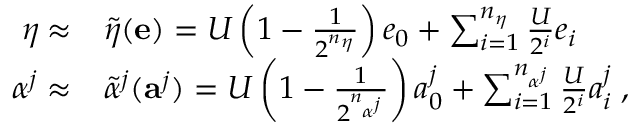
\begin{array} { r l } { \eta \approx } & { \widetilde { \eta } ( \mathbf { e } ) = U \left( 1 - \frac { 1 } { 2 ^ { n _ { \eta } } } \right) e _ { 0 } + \sum _ { i = 1 } ^ { n _ { \eta } } \frac { U } { 2 ^ { i } } e _ { i } } \\ { \alpha ^ { j } \approx } & { \widetilde { \alpha } ^ { j } ( \mathbf { a } ^ { j } ) = U \left( 1 - \frac { 1 } { 2 ^ { n _ { \alpha ^ { j } } } } \right) a _ { 0 } ^ { j } + \sum _ { i = 1 } ^ { n _ { \alpha ^ { j } } } \frac { U } { 2 ^ { i } } a _ { i } ^ { j } \; , } \end{array}